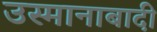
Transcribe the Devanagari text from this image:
उस्मानाबादी